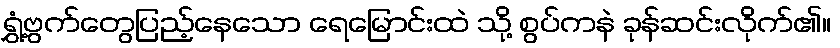
ရွှံ့ဗွက်တွေပြည့်နေသော ရေမြောင်းထဲ သို့ စွပ်ကနဲ ခုန်ဆင်းလိုက်၏။